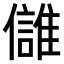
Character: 𩀕